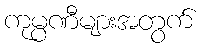
ကုမ္ပဏီများအတွက်